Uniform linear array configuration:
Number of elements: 24
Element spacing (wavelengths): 0.5
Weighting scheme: exponential
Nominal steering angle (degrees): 60
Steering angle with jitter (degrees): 58.717
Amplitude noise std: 0.05
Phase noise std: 0.05

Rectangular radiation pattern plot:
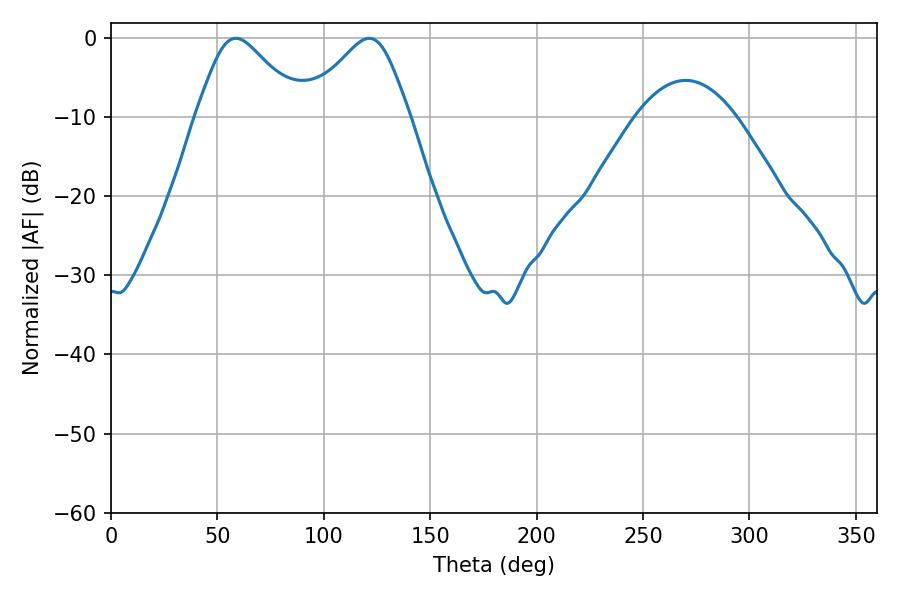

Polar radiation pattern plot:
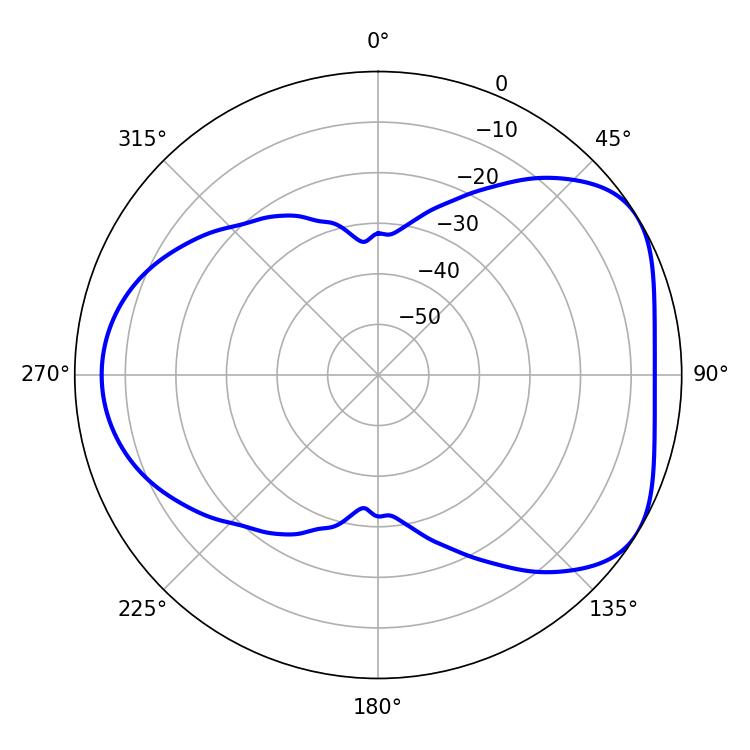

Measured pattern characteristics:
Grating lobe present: FALSE
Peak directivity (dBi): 4.871
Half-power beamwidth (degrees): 24.12
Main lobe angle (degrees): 58.68